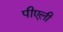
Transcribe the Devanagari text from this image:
पीएली